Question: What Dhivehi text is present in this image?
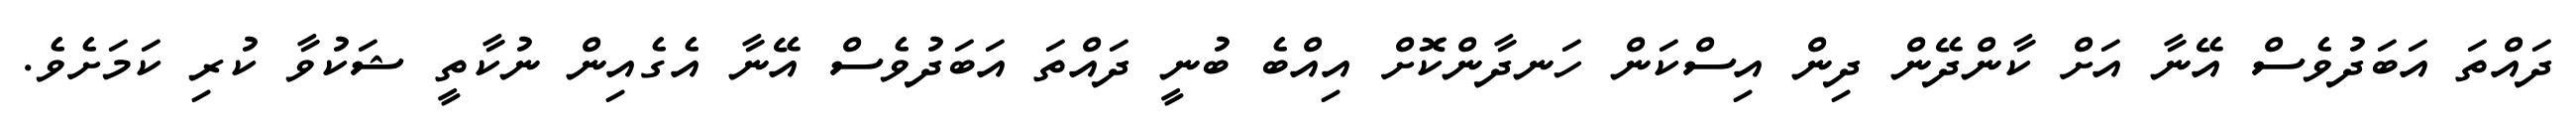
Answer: ދައްތަ އަބަދުވެސް އޭނާ އަށް ކާންދޭން ދިން އިސްކަން ހަނދާންކޮށް އިއްބެ ބުނީ ދައްތަ އަބަދުވެސް އޭނާ އެގެއިން ނުކާތީ ޝަކުވާ ކުރި ކަމަށެވެ.